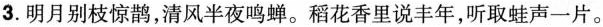
3. 明月别枝惊鹊，清风半夜鸣蝉。稻花香里说丰年，听取蛙声一片。